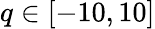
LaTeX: q\in[-10,10]